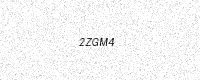
Text: 2ZGM4